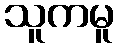
သူကမူ